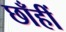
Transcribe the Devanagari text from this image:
छाँहीं